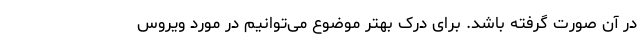
در آن صورت گرفته باشد. برای درک بهتر موضوع می‌توانیم در مورد ویروس